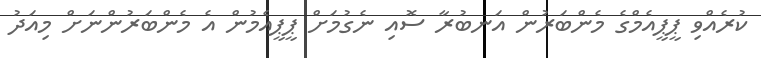
ކުރެއްވި ޕީޕީއެމްގެ މެންބަރުން އަނބުރާ ސޮއި ނެގުމަށް ޕީޕީއެމުން އެ މެންބަރުންނަށް މިއަދު